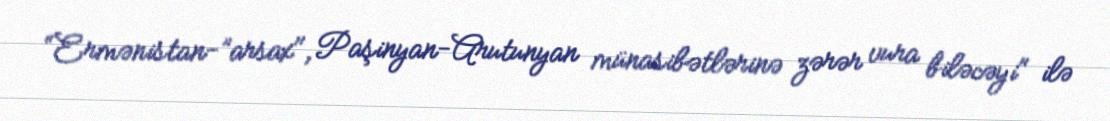
“Ermənistan-”arsax", Paşinyan-Arutunyan münasibətlərinə zərər vura biləcəyi" ilə